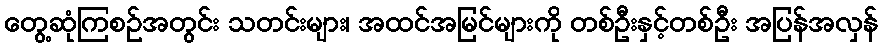
တွေ့ဆုံကြစဉ်အတွင်း သတင်းများ၊ အထင်အမြင်များကို တစ်ဦးနှင့်တစ်ဦး အပြန်အလှန်